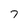
Character: 7